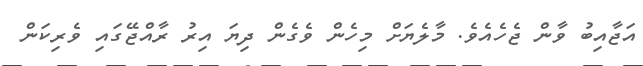
އަޖާއިބު ވާން ޖެހެއެވެ. މާލެޔަށް މިހެން ވެގެން ދިޔަ އިރު ރާއްޖޭގައި ވެރިކަން